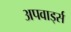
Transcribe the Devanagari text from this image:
अपवार्ड्स